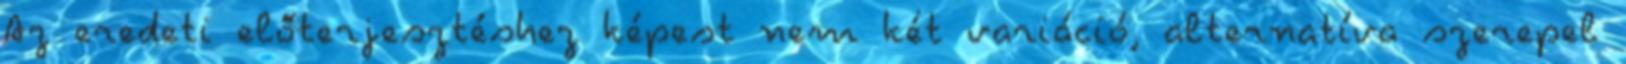
Az eredeti előterjesztéshez képest nem két variáció, alternatíva szerepel